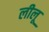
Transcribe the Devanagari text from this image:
लीलू